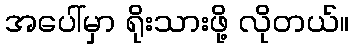
အပေါ်မှာ ရိုးသားဖို့ လိုတယ်။